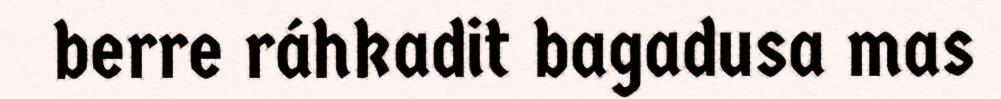
berre ráhkadit bagadusa mas